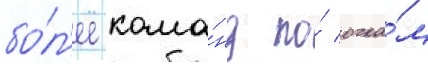
бо́л'ее кома́нд по́ очка́м